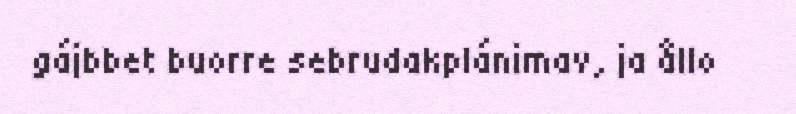
gájbbet buorre sebrudakplánimav, ja ållo